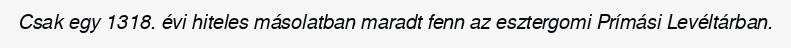
Csak egy 1318. évi hiteles másolatban maradt fenn az esztergomi Prímási Levéltárban.